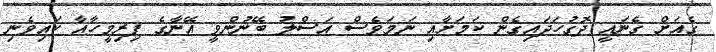
ގެއަށް ގެނައީ ދޮގުހަދައިގެން ކަމަށާއި ނަމަވެސް އަސްލު ބޭނުންވީ އޭނާގެ ފިރިމީހާއާ ކައިވެނި